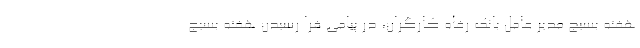
هفته بسیج مدیر عامل بانک رفاه کارگران، در پیامی فرا رسیدن هفته بسیج